King Institute of Preventive Medicine Bacteriolog. Section reports 1907-08
Year: 1907
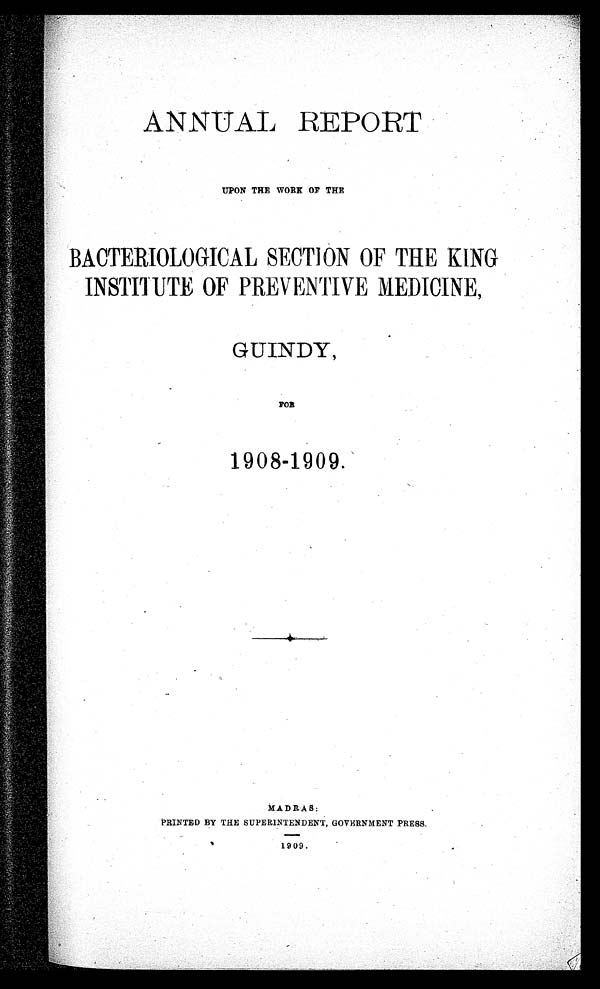
ANNUAL REPORT
UPON THE WORK OP THE
BACTERIOLOGICAL SECTION OF THE KING
INSTITUTE OF PREVENTIVE MEDICINE,
GUINDY,
FOR
1908-1909.
MADRAS :
P RI NT E D B Y T HE S UP E RI NT E NDE NT , GOVE RNME NT P RE S S .
1909.